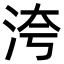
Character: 洿